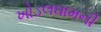
ખોડલઘામની